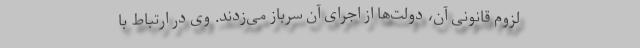
لزوم قانونی آن،‌ دولت‌ها از اجرای آن سرباز می‌زدند. وی در ارتباط با